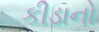
કીડાનો